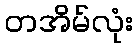
တအိမ်လုံး